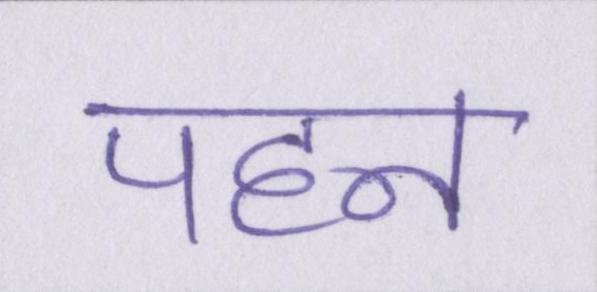
पहन